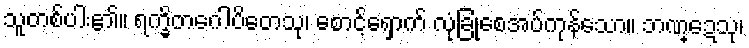
သူတစ်ပါး၏။ ရက္ခိတဂေါပိတေသု၊ စောင့်ရှောက် လုံခြုံစေအပ်ကုန်သော။ ဘဏ္ဍေသု၊